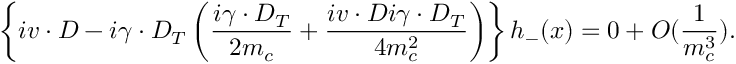
\left\{ i v \cdot D - i \gamma \cdot D _ { T } \left( \frac { i \gamma \cdot D _ { T } } { 2 m _ { c } } + \frac { i v \cdot D i \gamma \cdot D _ { T } } { 4 m _ { c } ^ { 2 } } \right) \right\} h _ { - } ( x ) = 0 + { \cal O } ( \frac { 1 } { m _ { c } ^ { 3 } } ) .